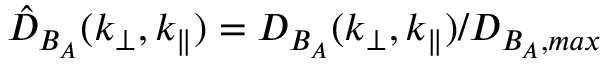
\hat { D } _ { B _ { A } } ( k _ { \perp } , k _ { \parallel } ) = D _ { B _ { A } } ( k _ { \perp } , k _ { \parallel } ) / D _ { B _ { A } , m a x }